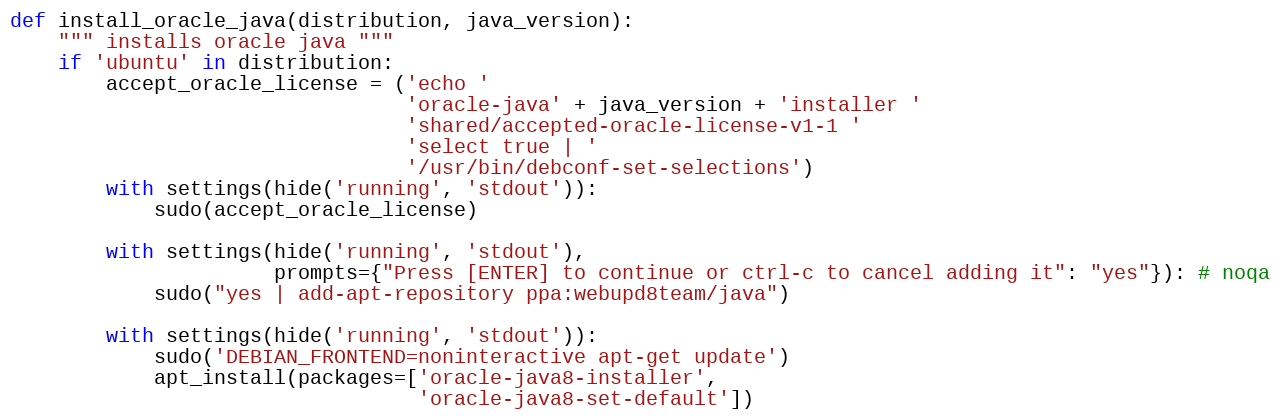
Language: Python
def install_oracle_java(distribution, java_version):
    """ installs oracle java """
    if 'ubuntu' in distribution:
        accept_oracle_license = ('echo '
                                 'oracle-java' + java_version + 'installer '
                                 'shared/accepted-oracle-license-v1-1 '
                                 'select true | '
                                 '/usr/bin/debconf-set-selections')
        with settings(hide('running', 'stdout')):
            sudo(accept_oracle_license)

        with settings(hide('running', 'stdout'),
                      prompts={"Press [ENTER] to continue or ctrl-c to cancel adding it": "yes"}): # noqa
            sudo("yes | add-apt-repository ppa:webupd8team/java")

        with settings(hide('running', 'stdout')):
            sudo('DEBIAN_FRONTEND=noninteractive apt-get update')
            apt_install(packages=['oracle-java8-installer',
                                  'oracle-java8-set-default'])